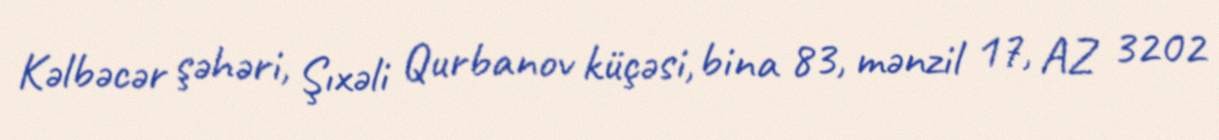
Kəlbəcər şəhəri, Şıxəli Qurbanov küçəsi, bina 83, mənzil 17, AZ 3202